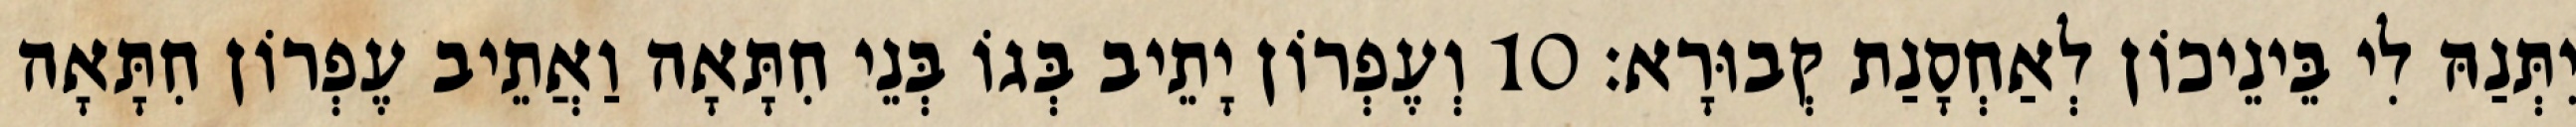
יִתְּנַהּ לִי בֵּינֵיכוֹן לְאַחְסָנַת קְבוּרָא׃ 10 וְעֶפְרוֹן יָתֵיב בְּגוֹ בְּנֵי חִתָּאָה וַאֲתֵיב עֶפְרוֹן חִתָּאָה